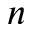
n